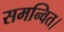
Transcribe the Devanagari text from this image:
समन्वित।